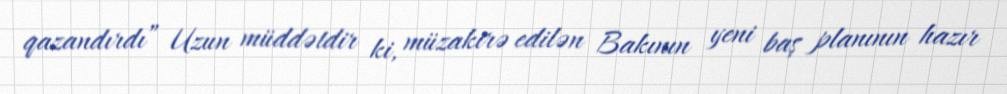
qazandırdı” Uzun müddətdir ki, müzakirə edilən Bakının yeni baş planının hazır